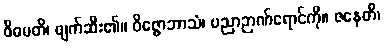
ဝိဓမတိ၊ ဖျက်ဆီး၏။ ဝိဇ္ဇောဘာသံ၊ ပညာဉာဏ်ရောင်ကို။ ဇနေတိ၊